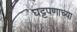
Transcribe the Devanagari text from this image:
घट्टपणाच्या